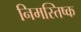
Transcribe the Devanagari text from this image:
निमस्तिष्क